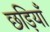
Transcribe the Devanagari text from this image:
छड़ियाँ